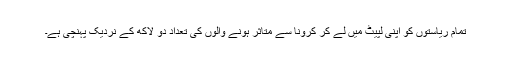
تمام ریاستوں کو اپنی لپیٹ میں لے کر کرونا سے متاثر ہونے والوں کی تعداد دو لاکھ کے نردیک پہنچی ہے۔